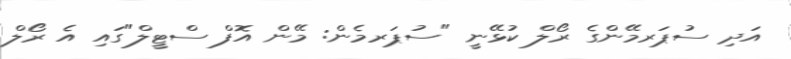
އަދި ސުޕަރމޭންގެ ރޯލް ކުޅޭނީ "ސުޕަރމެން: މޭން އޮފް ސްޓީލް"ގައި އެ ރޯލް